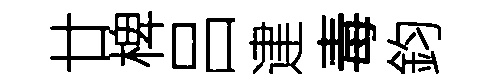
廿椑吕䢖毒鈞